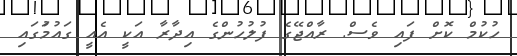
ހުކުމް ކޮށް ފައި ވެސް. ރާއްޖޭގެ ފުލުހުންގެ އިދާރާ އަކީ އެއީ ގައުމުަގައި